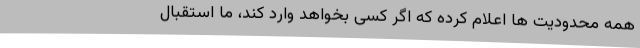
همه محدودیت‌ ها اعلام کرده که اگر کسی بخواهد وارد کند، ما استقبال